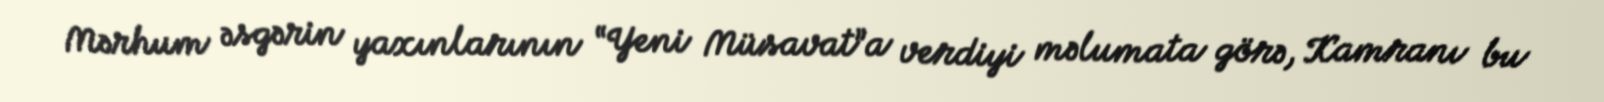
Mərhum əsgərin yaxınlarının “Yeni Müsavat”a verdiyi məlumata görə, Kamranı bu